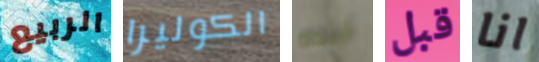
الربيع الكوليرا أريده قبل انا